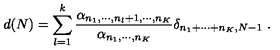
d ( N ) = \sum _ { l = 1 } ^ { k } \frac { \alpha _ { n _ { 1 } , \cdots , n _ { l } + 1 , \cdots , n _ { K } } } { \alpha _ { n _ { 1 } , \cdots , n _ { K } } } \delta _ { n _ { 1 } + \cdots + n _ { K } , N - 1 } \ .